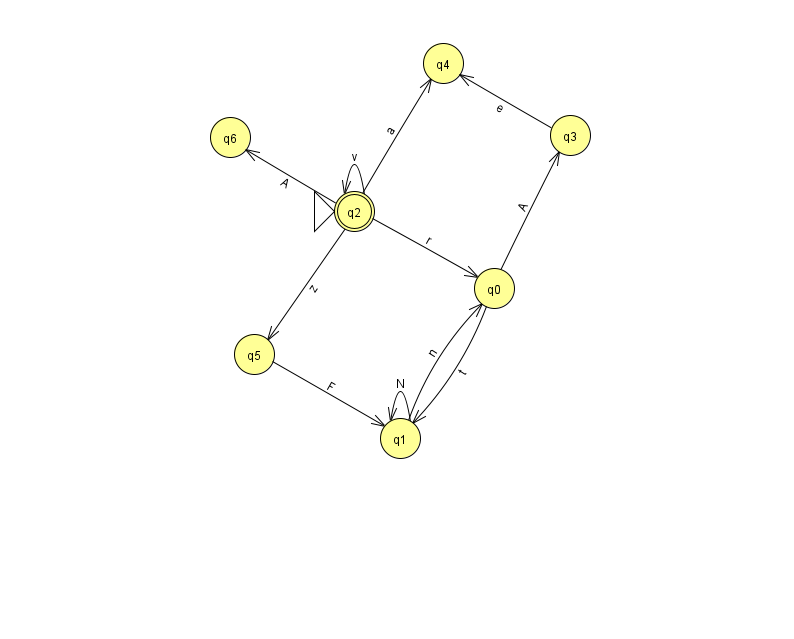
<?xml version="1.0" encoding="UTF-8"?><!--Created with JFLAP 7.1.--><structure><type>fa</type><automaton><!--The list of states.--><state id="0" name="q0"><x>494.0</x><y>275.0</y></state><state id="1" name="q1"><x>400.0</x><y>425.0</y></state><state id="2" name="q2"><x>354.0</x><y>198.0</y><initial/><final/></state><state id="3" name="q3"><x>570.0</x><y>122.0</y></state><state id="4" name="q4"><x>443.0</x><y>50.0</y></state><state id="5" name="q5"><x>254.0</x><y>341.0</y></state><state id="6" name="q6"><x>230.0</x><y>124.0</y></state><!--The list of transitions.--><transition><from>5</from><to>1</to><read>F</read></transition><transition><from>0</from><to>1</to><read>t</read></transition><transition><from>0</from><to>3</to><read>A</read></transition><transition><from>2</from><to>6</to><read>A</read></transition><transition><from>2</from><to>2</to><read>v</read></transition><transition><from>3</from><to>4</to><read>e</read></transition><transition><from>2</from><to>0</to><read>r</read></transition><transition><from>2</from><to>4</to><read>a</read></transition><transition><from>1</from><to>0</to><read>n</read></transition><transition><from>2</from><to>5</to><read>z</read></transition><transition><from>1</from><to>1</to><read>N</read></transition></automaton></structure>